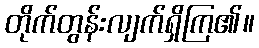
တိုက်တွန်းလျက်ရှိကြ၏။